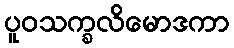
ပူဝသက္ခလိမောဒကာ